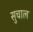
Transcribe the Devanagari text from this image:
सुचाल